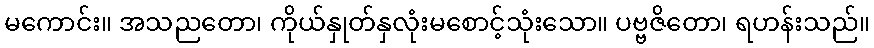
မကောင်း။ အသညတော၊ ကိုယ်နှုတ်နှလုံးမစောင့်သုံးသော။ ပဗ္ဗဇိတော၊ ရဟန်းသည်။